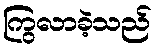
ကြွလာခဲ့သည်